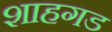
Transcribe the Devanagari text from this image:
शाहगड